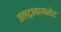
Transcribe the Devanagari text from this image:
अलट्रावायलेट